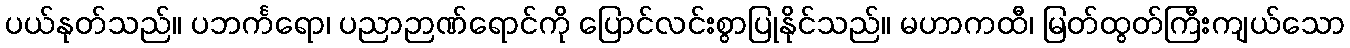
ပယ်နုတ်သည်။ ပဘင်္ကရော၊ ပညာဉာဏ်ရောင်ကို ပြောင်လင်းစွာပြုနိုင်သည်။ မဟာကထီ၊ မြတ်ထွတ်ကြီးကျယ်သော